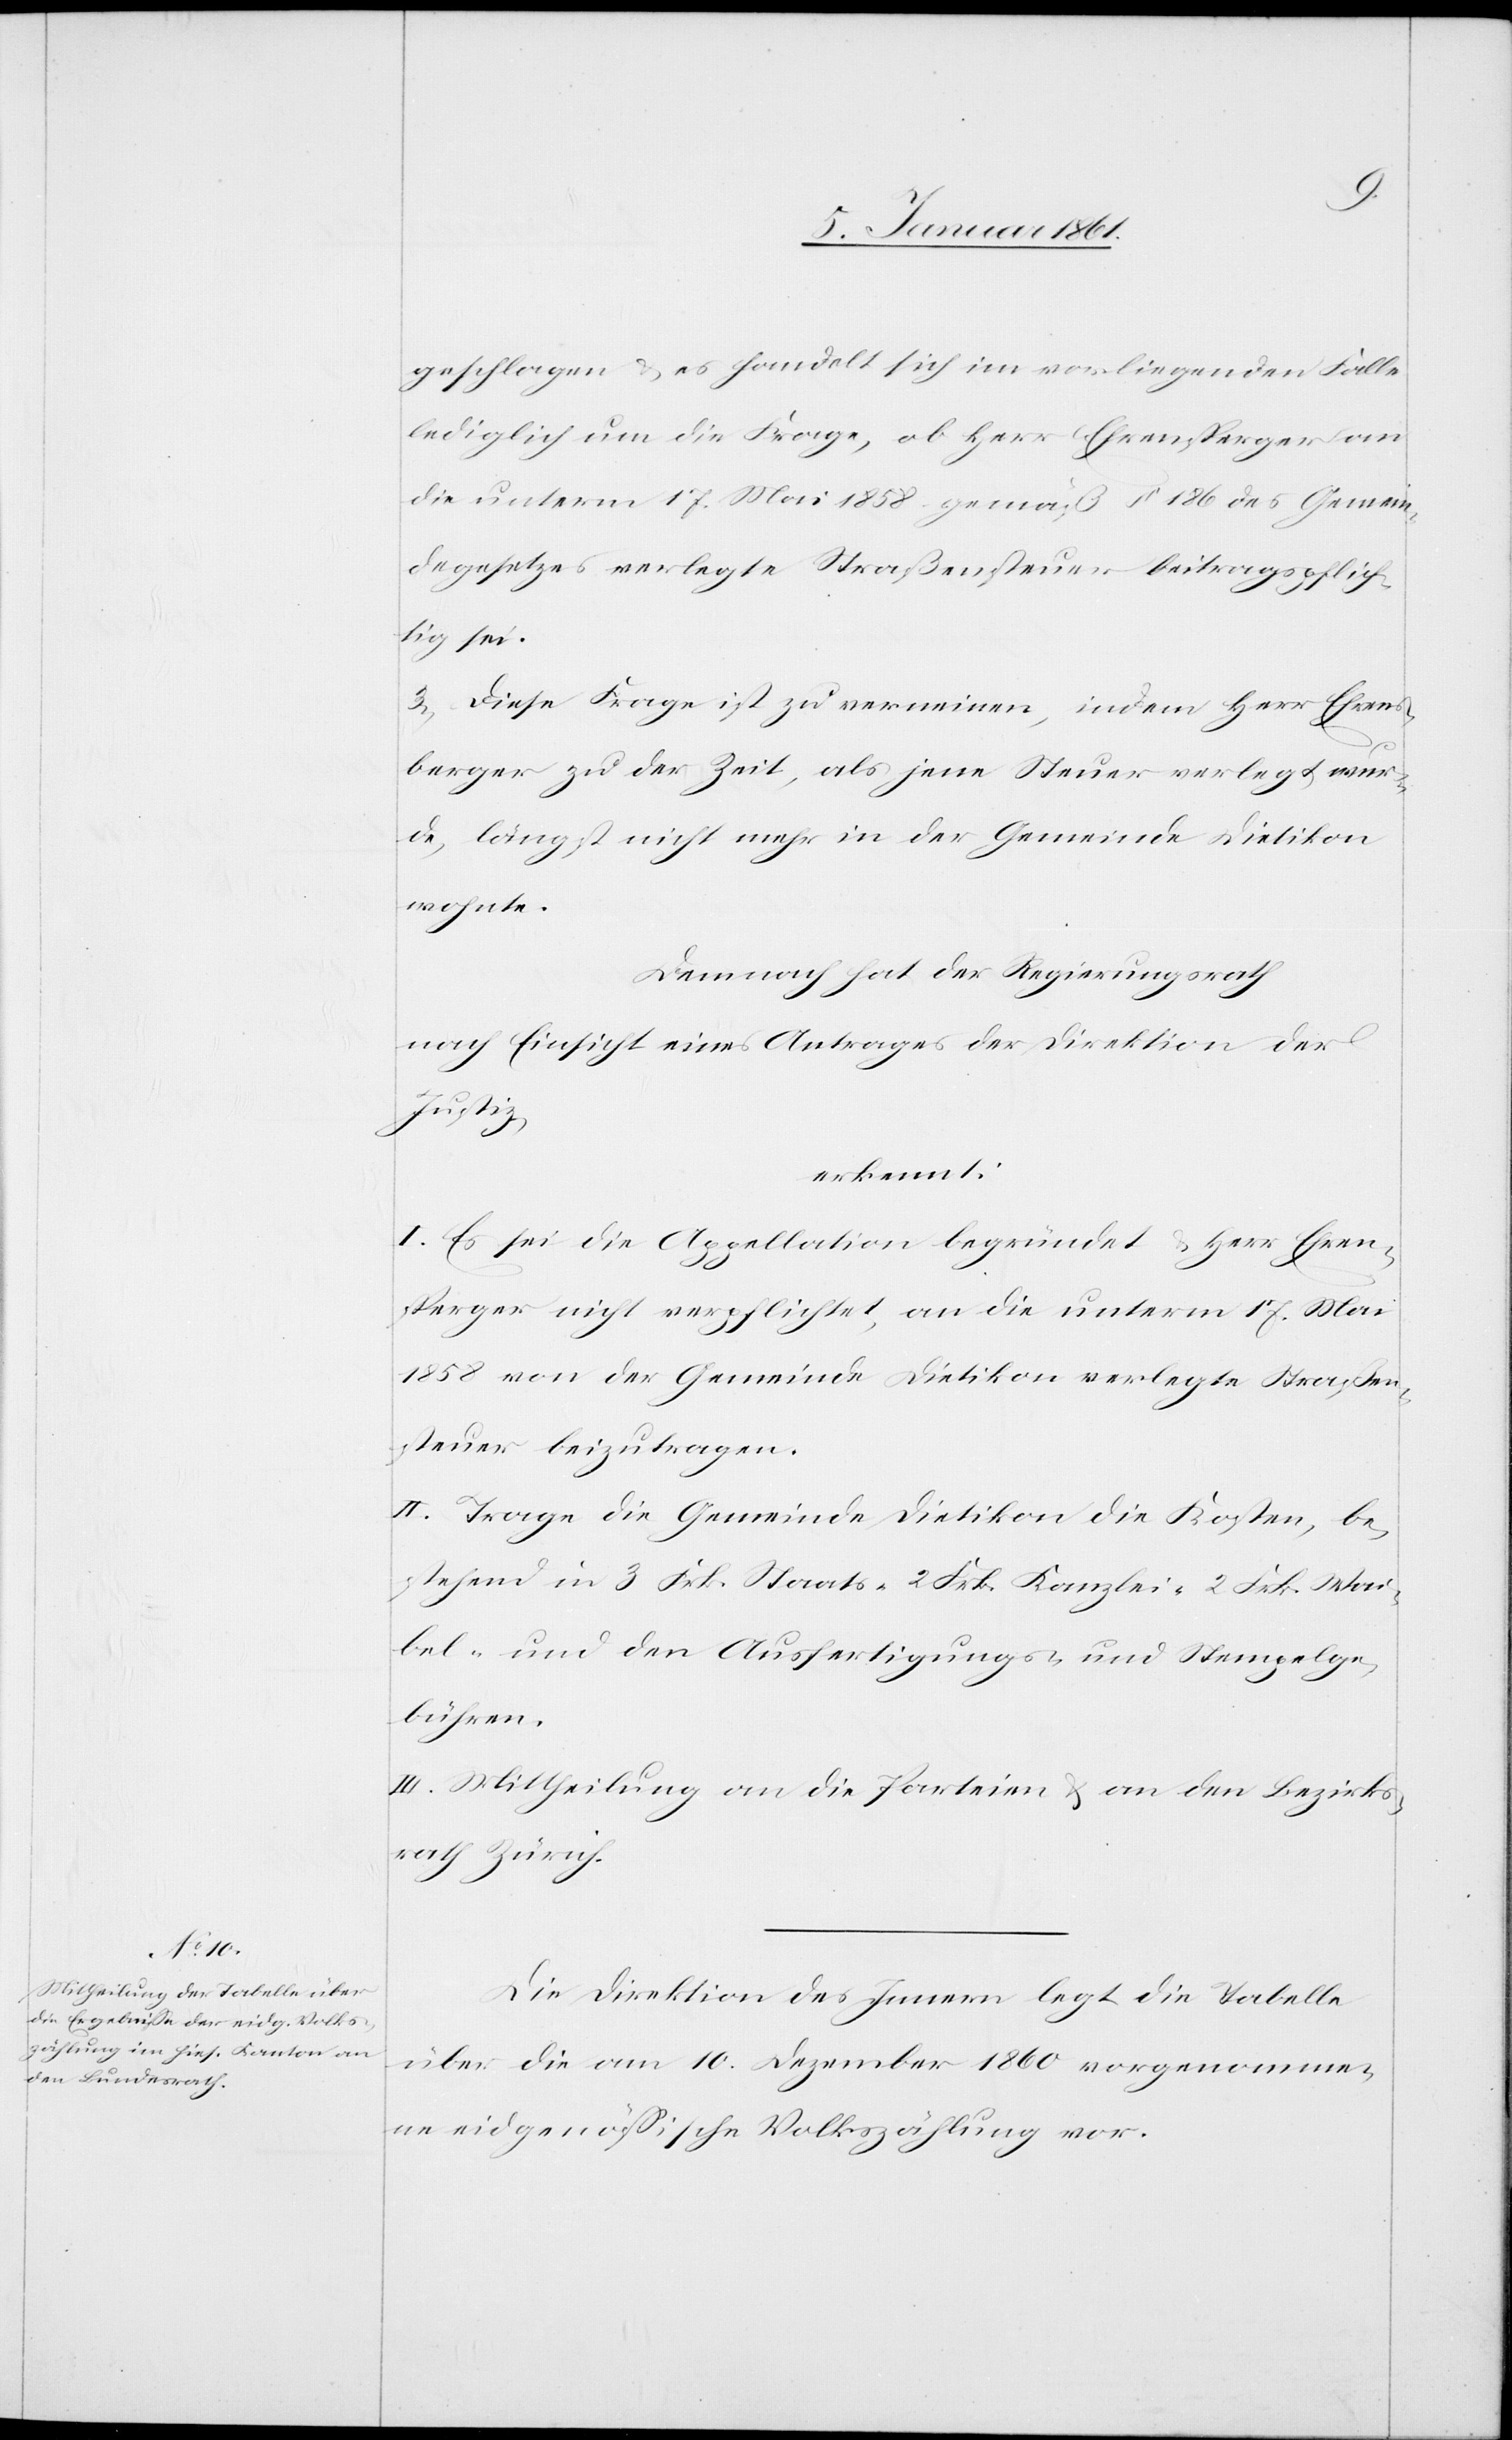
geschlagen u. es handelt sich im vorliegenden Falle
lediglich um die Frage, ob Herr Ehrensperger an
die unterm 17. Mai 1858 gemäß §. 186 des Gemein¬
degesetzes verlegte Straßensteuer beitragspflich¬
tig sei.
3) Diese Frage ist zu verneinen, indem Herr Ehrens¬
perger zu der Zeit, als jene Steuer verlegt wur¬
de, längst nicht mehr in der Gemeinde Dietikon
wohnte.
Demnach hat der Regierungsrath
nach Einsicht eines Antrages der Direktion der
Justiz,
erkennt:
I. Es sei die Appellation begründet u. Herr Ehren¬
sperger nicht verpflichtet, an die unterm 17. Mai
1858 von der Gemeinde Dietikon verlegte Straßen¬
steuer beizutragen.
II. Trage die Gemeinde Dietikon die Kosten, be¬
stehend in 3 Frk. Staats-[,] 2. Frk. Kanzlei-[,] 2 Frk. Wai¬
bel- und den Ausfertigungs- und Stempelge¬
bühren.
III. Mittheilung an die Parteien u. an den Bezirks¬
rath Zürich.
Die Direktion des Innern legt die Tabelle
über die am 10. Dezember 1860 vorgenomme¬
ne eidgenössische Volkszählung vor.